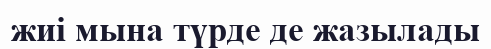
жиі мына түрде де жазылады